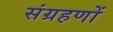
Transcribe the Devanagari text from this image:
संग्रहणों